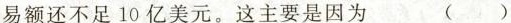
易额还不足10亿美元。这主要是因为 ( )